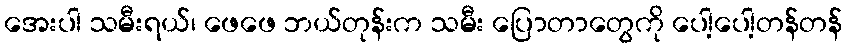
အေးပါ သမီးရယ်၊ ဖေဖေ ဘယ်တုန်းက သမီး ပြောတာတွေကို ပေါ့ပေါ့တန်တန်